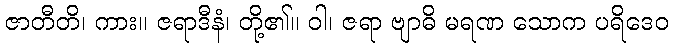
ဇာတီတိ၊ ကား။ ဇရာဒီနံ၊ တို့၏။ ဝါ၊ ဇရာ ဗျာဓိ မရဏ သောက ပရိဒေဝ